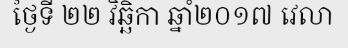
ថ្ងៃទី ២២ វិឆ្ឆិកា ឆ្នាំ២០១៧ វេលា